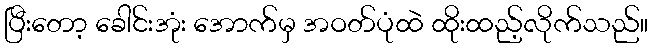
ပြီးတော့ ခေါင်းအုံး အောက်မှ အဝတ်ပုံထဲ ထိုးထည့်လိုက်သည်။